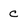
Character: c